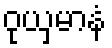
ဝုယှမာနံ